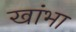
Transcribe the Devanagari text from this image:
खांभा